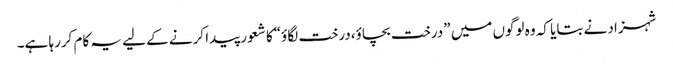
شہزاد نے بتایا کہ وہ لوگوں میں ”درخت بچاؤ،درخت لگاؤ“کا شعور پیدا کرنے کے لیے یہ کام کررہا ہے۔